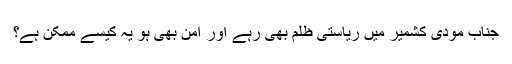
جناب مودی کشمیر میں ریاستی ظلم بھی رہے اور امن بھی ہو یہ کیسے ممکن ہے؟